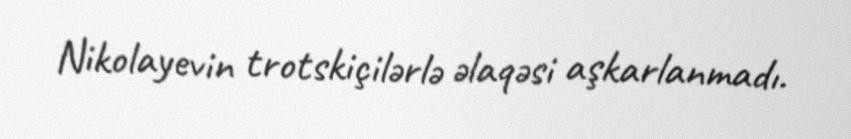
Nikolayevin trotskiçilərlə əlaqəsi aşkarlanmadı.